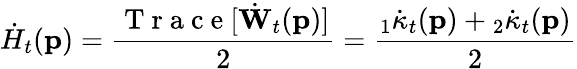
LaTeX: \dot{H}_{t}(\mathbf{p})=\frac{\mathrm{~T~r~a~c~e~}[\dot{\mathbf{W}}_{t}(\mathbf{p})]}{2}=\frac{{}_{1}\dot{\kappa}_{t}(\mathbf{p})+{}_{2}\dot{\kappa}_{t}(\mathbf{p})}{2}